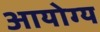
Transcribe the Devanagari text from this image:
आयोग्य